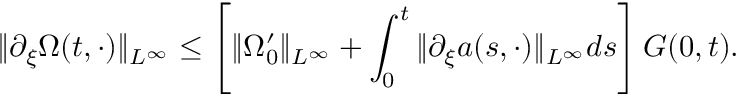
\| \partial _ { \xi } \Omega ( t , \cdot ) \| _ { L ^ { \infty } } \leq \left[ \| \Omega _ { 0 } ^ { \prime } \| _ { L ^ { \infty } } + \int _ { 0 } ^ { t } \| \partial _ { \xi } a ( s , \cdot ) \| _ { L ^ { \infty } } d s \right] G ( 0 , t ) .